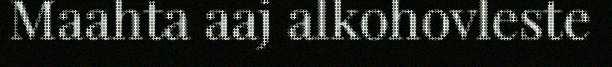
Maahta aaj alkohovleste